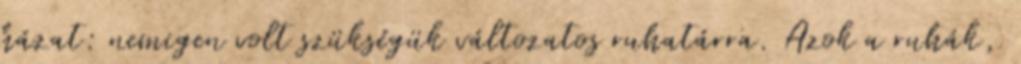
házat: nemigen volt szükségük változatos ruhatárra. Azok a ruhák,